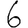
Digit: 6